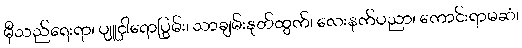
မှီသည်ရေးရာ၊ ပျူငှါရောပြွမ်း၊ သာချမ်းနုတ်ထွက်၊ လေးနက်ပညာ၊ ကောင်းရာမဆံ၊